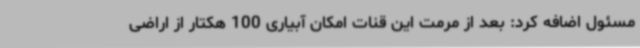
مسئول اضافه کرد: بعد از مرمت این قنات امکان آبیاری 100 هکتار از اراضی